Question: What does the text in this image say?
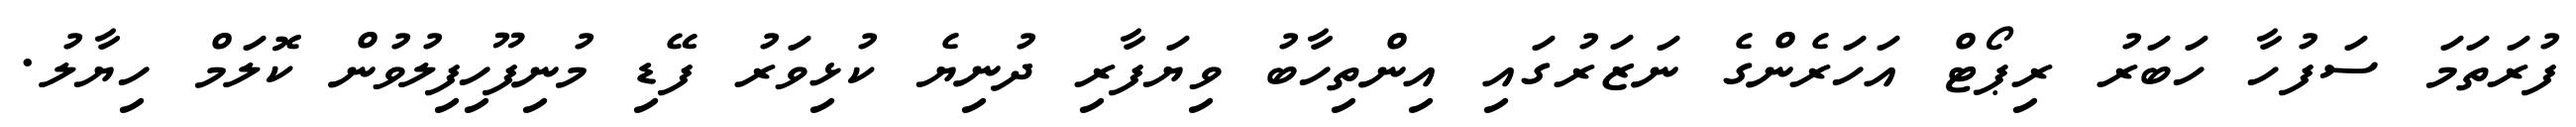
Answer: ފުރަތަމަ ސަފުހާ ހަބަރު ރިޕޯޓް އަހަރެންގެ ނަޒަރުގައި އިންތިހާބު ވިޔަފާރި ދުނިޔެ ކުޅިވަރު ފޭޑި މުނިފޫހިފިލުވުން ކޮލަމް ހިޔާލު.